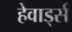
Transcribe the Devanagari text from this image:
हेवार्ड्स